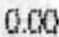
0.00